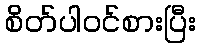
စိတ်ပါဝင်စားပြီး